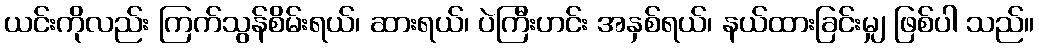
ယင်းကိုလည်း ကြက်သွန်စိမ်းရယ်၊ ဆားရယ်၊ ပဲကြီးဟင်း အနှစ်ရယ်၊ နယ်ထားခြင်းမျှ ဖြစ်ပါ သည်။